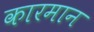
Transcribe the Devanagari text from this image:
कारमान